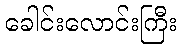
ခေါင်းလောင်းကြီး